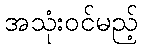
အသုံးဝင်မည့်